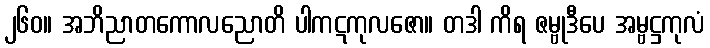
၂၆၀။ အဘိညာတကောလညောတိ ပါကဋကုလဇော။ တဒါ ကိရ ဇမ္ဗုဒီပေ အမ္ဗဋ္ဌကုလံ